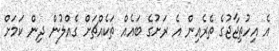
އެ އިހުތިޖާޖުގެ ތެރެއިން އެ ރަށުގެ ބައެއް ތަކެއްޗަށް ގެއްލުން ދިން ކަމަށް